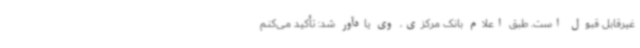
غیرقابل قبول است. طبق اعلام بانک مرکزی، وی یادآور شد: تأکید می‌کنم